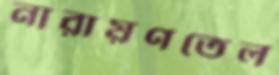
নারায়ণতেল